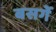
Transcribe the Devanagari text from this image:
बसर्गे